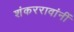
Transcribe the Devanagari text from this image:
शंकररावांनीं